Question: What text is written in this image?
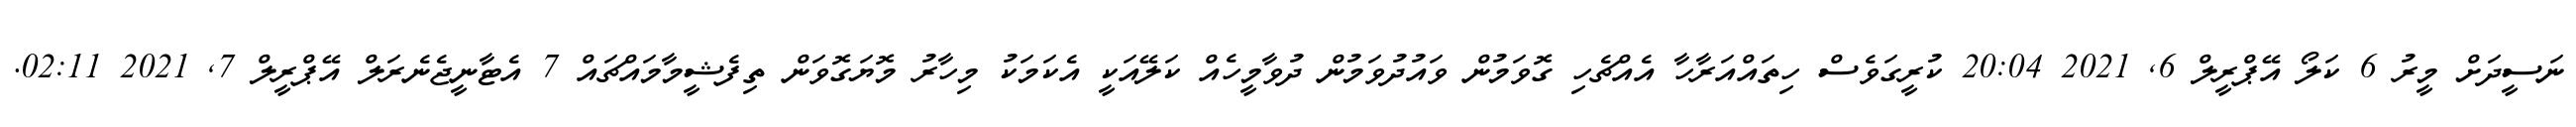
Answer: ނަސީދަށް މީރު 6 ކަލޯ އޭޕްރީލް 6, 2021 20:04 ކުރީގަވެސް ހިތައްއަރާހާ އެއްޗެހި ގޮވަމުން ވައުދުވަމުން ދުވާމީހެއް ކަލޭއަކީ އެކަމަކު މިހާރު މޮޔަގޮވަން ތިފެޝީމާމައްޗައް 7 އެޓާނީޖެނެރަލް އޭޕްރީލް 7, 2021 02:11.